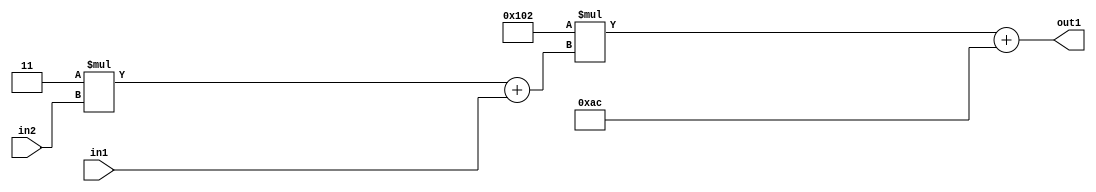
`timescale 1ps / 1ps
/*****************************************************************************
    Verilog RTL Description
    
    
    Created by: Stratus DpOpt 2019.1.01 
*******************************************************************************/

module DC_Filter_Add2i172Mul2i258Add2u1Mul2i3u2_4 (
	in2,
	in1,
	out1
	); /* architecture "behavioural" */ 
input [1:0] in2;
input  in1;
output [11:0] out1;
wire [11:0] asc001;
wire [3:0] asc002;

wire [3:0] asc002_tmp_0;
assign asc002_tmp_0 = 
	+(4'B0011 * in2);
assign asc002 = asc002_tmp_0
	+(in1);

wire [11:0] asc001_tmp_1;
assign asc001_tmp_1 = 
	+(12'B000100000010 * asc002);
assign asc001 = asc001_tmp_1
	+(12'B000010101100);

assign out1 = asc001;
endmodule

/* CADENCE  v7X5Qwg= : u9/ySgnWtBlWxVPRXgAZ4Og= ** DO NOT EDIT THIS LINE ******/